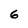
Character: 6